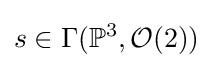
s\in \Gamma (\mathbb {P} ^{3},{\mathcal {O}}(2))